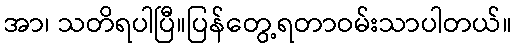
အာ၊ သတိရပါပြီ။ပြန်တွေ့ရတာဝမ်းသာပါတယ်။